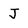
Character: J